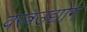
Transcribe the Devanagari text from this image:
वस्त्रउद्योग